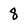
Character: 8